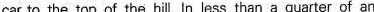
car to the top of the hill. In less than a quarter of an